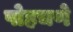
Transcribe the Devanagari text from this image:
पोहचणे